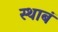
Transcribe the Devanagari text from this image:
स्थाबं